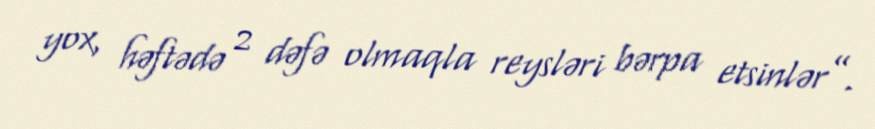
yox, həftədə 2 dəfə olmaqla reysləri bərpa etsinlər”.